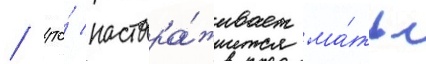
/ что́ настора́живает ма́ть